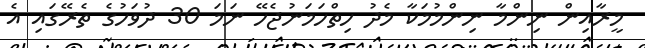
މީރާއިން ނިންމާ ނިންމުމަކާ މެދު ހިތްހަމަނުޖެހޭ ނަމަ 30 ދުވަހުގެ ތެރޭގައި އެ